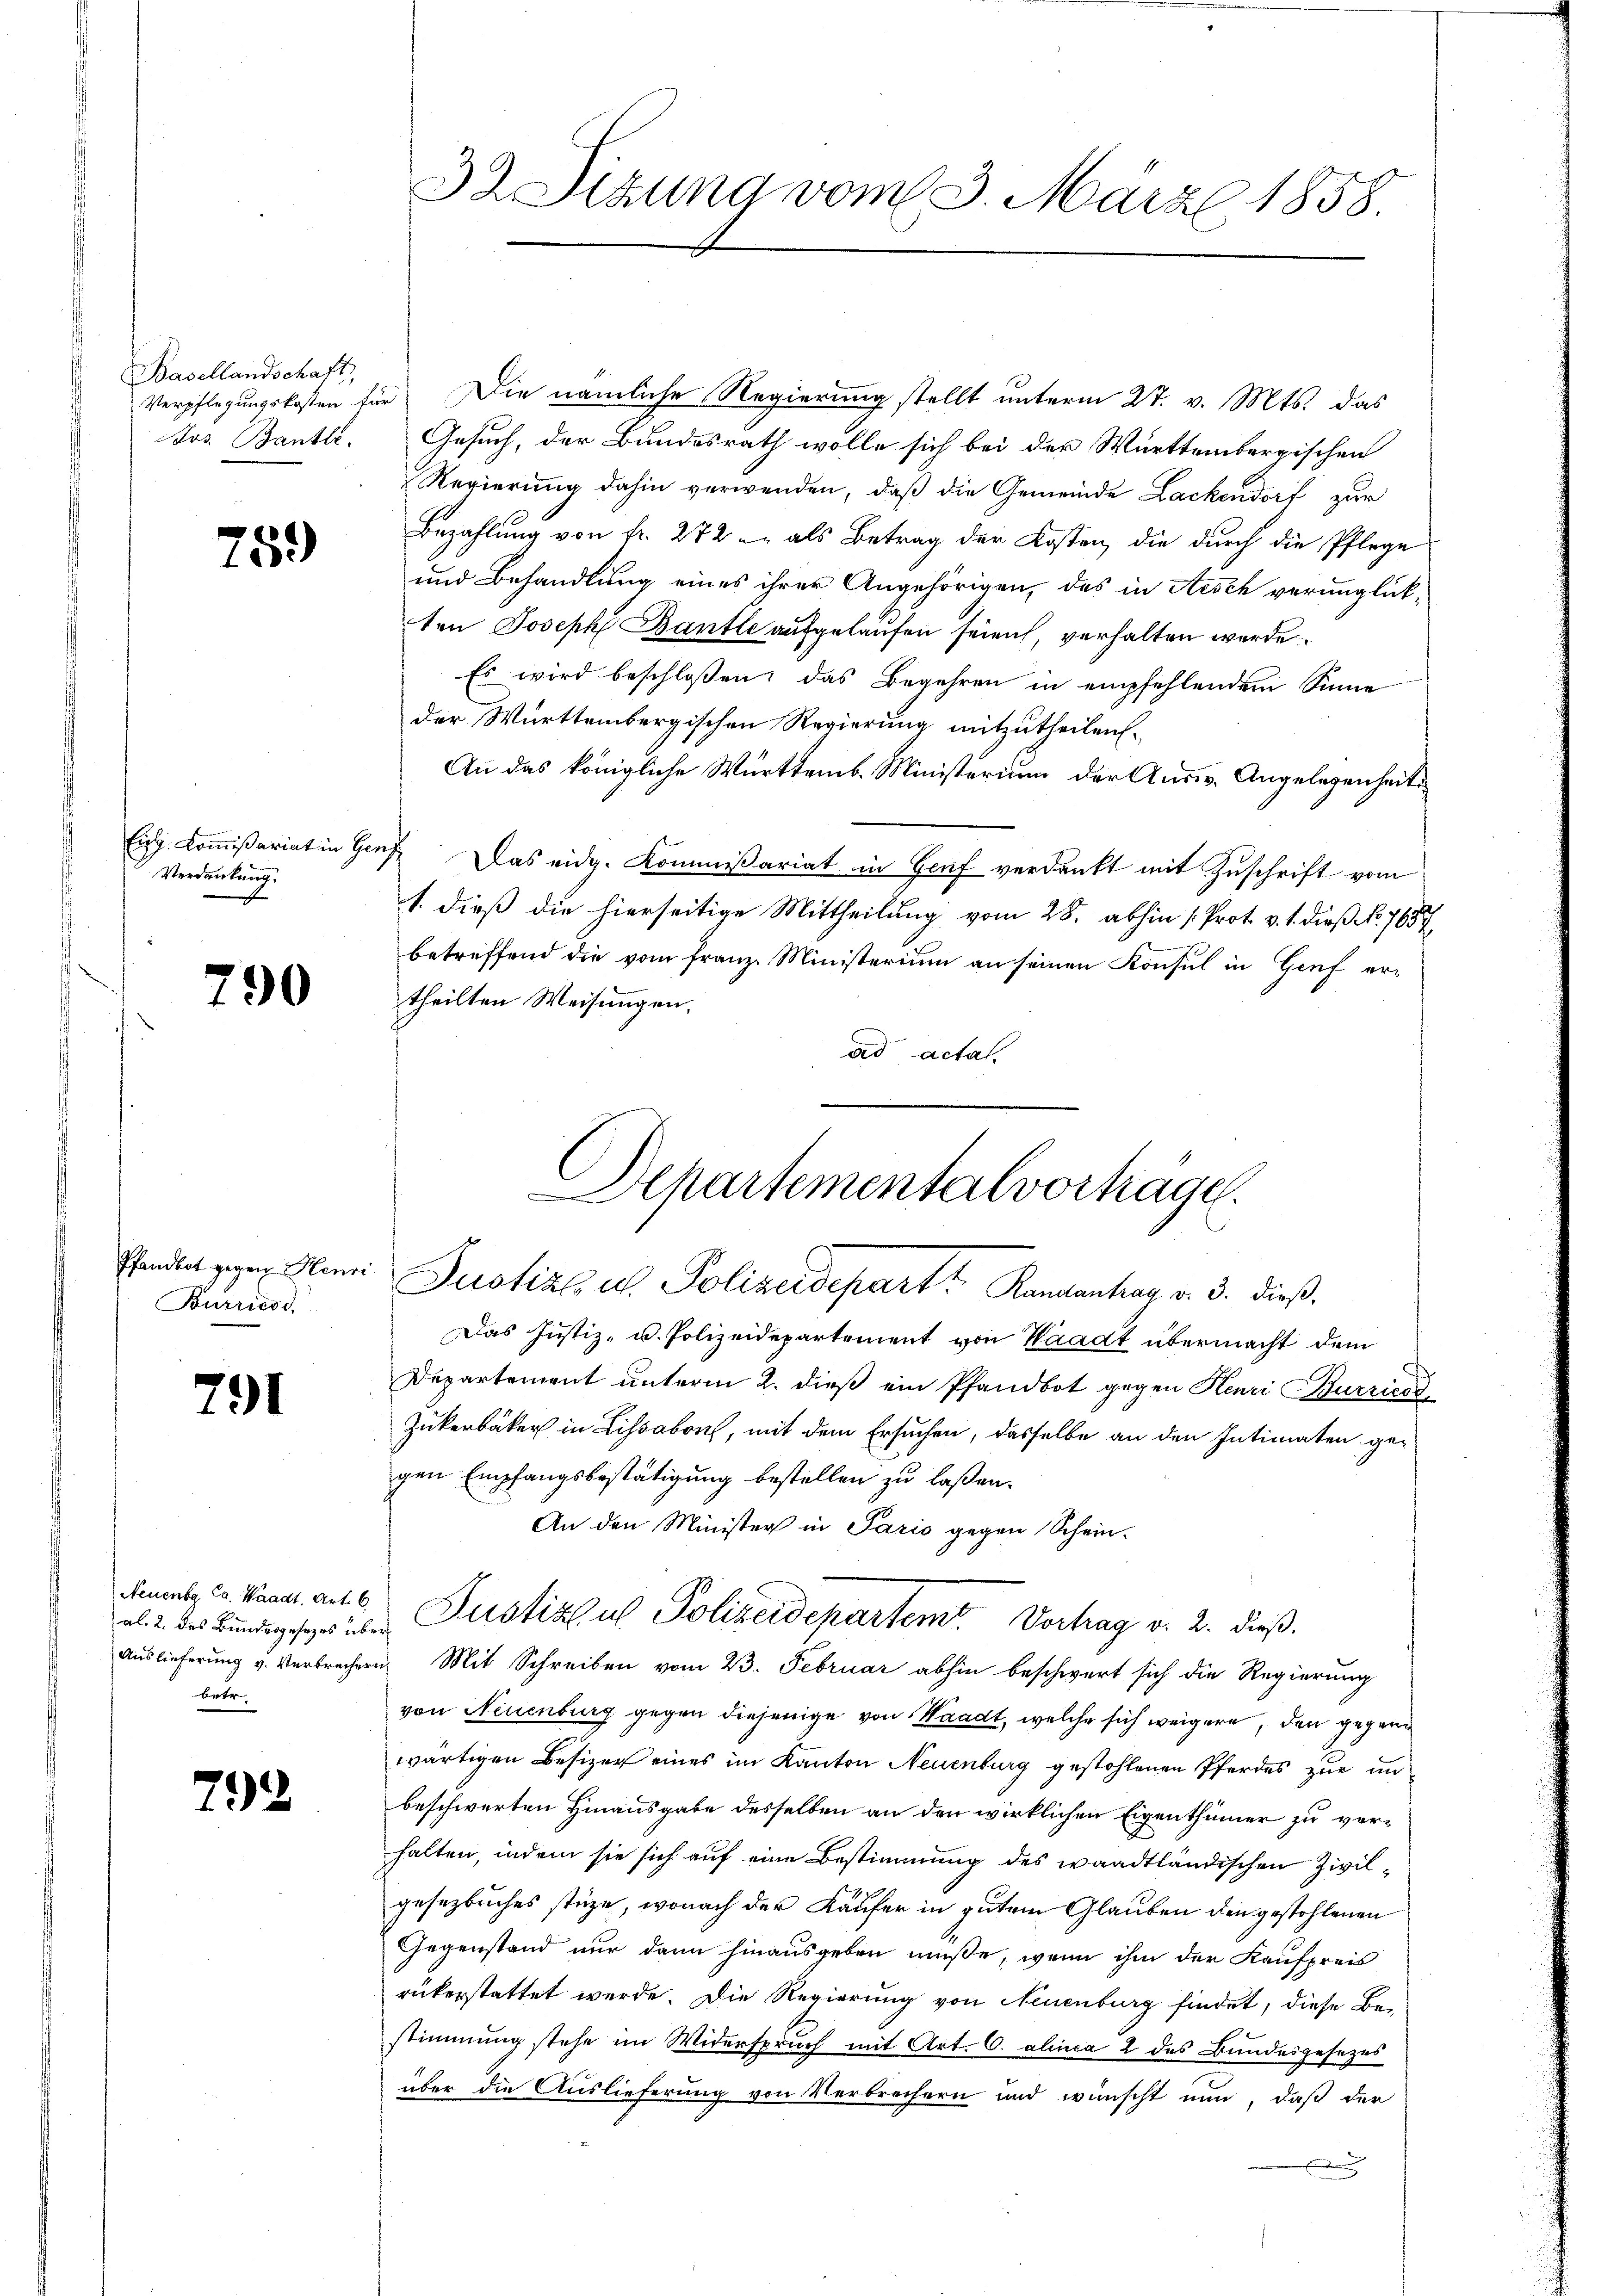
Basellandschaft,
Jos. Bantli

75.)

Verdankung.

790

Pfandbot gegen Henri
Burriesd

791

Neuenbg. Ca. Waadt. Art. 6.
al. 2. des Bundesgesezes üb
Auslieferung v. Verbrechen
betr

792

32 Sitzung vom 3. März 1858.

Verpflegungskosten für Die nämliche Regierung stellt unterm 27. v. Mts. das
Gesuch, der Bundesrath wolle sich bei der Württembergischen
Regierung dahin verwenden, daß die Gemeinde Lackendorf zur
Bezahlung von fr. 272 u. als Betrag der Kosten, die durch die Pflege
und Behandlung eines ihrer Angehörigen, das in Aesch verunglück-
ten Joseph Bantle aufgelaufen seien, verhalten werde.
Es wird beschloßen: das Begehren in empfehlendem Sinne
der Württembergischen Regierung mitzutheilen.
An das königliche Württemb. Ministerium der Ausw. Angelegenheits¬
Eig Kommißariat in Genf. Das eidg. Kommißariat in Genf verdankt mit Zuschrift vom
1. dieß die hierseitige Mittheilung vom 28. abhin [Prot. v. 1. dieß No. 7657
betreffend die vom franz Ministerium an seinen Konsul in Genf ertheilten Weisungen.
ad actal.

Schartementalvorträge.
Justiz u. Polizeidepart? Kandenhag v. 3. dieß,

Justizsus Polizeidepartemt. Vortrag v. 2. dieß.

Das Justiz- u. Polizeidepartement von Waadt übermacht dem
Departement unterm 2. dieß ein Pfandbot gegen Henri Burries
Zukerbäcker in Lissabon, mit dem Ersuchen, dasselbe an den Intimaten ge-
gen Empfangsbestätigung bestellen zu laßen.
An den Minister in Pario gegen Schein-
in Mit Schreiben vom 23. Februar abhin beschwert sich die Regierung
von Neuenburg gegen diejenige von Waadt, welche sich weigere, den gegen
wärtigen Besizer eines im Kanton Neuenburg gestohlenen Pferdes zur unbeschwerten Hinausgabe desselben an den wirklichen Eigenthümer zu verhalten, indem sie sich auf eine Bestimmung des waadtländischen Zivilgesezbruches stüze, wonach der Käufer in gutem Glauben den gestohlenen
Gegenstand nur dann hinausgeben müße, wenn ihm der Kaufpreis
rükerstattet werde. Die Regierung von Neuenburg findet, diese Bestimmung stehe im Widerspruch mit Art. C. alica 2 des Bundesgesezes
über die Auslieferung von Verbrechern und wünscht nun, daß der
E